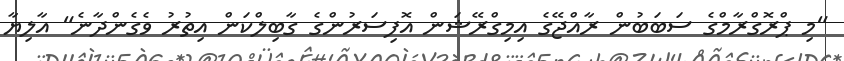
"މި ޕްރޮގްރާމްގެ ސަބަބުން ރާއްޖޭގެ އިމިގްރޭޝަން އޮފިސަރުންގެ ގާބިލްކަން އިތުރު ވެގެންދާނެ" އާލިޔާ